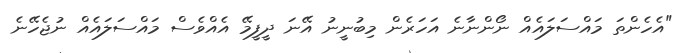
"އެހެންތަ މައްސަލައެއް ނޯންނާނެ އަހަރެން މިބުނީނު އޭނަ ދީފީމޭ އެއްވެސް މައްސަލައެއް ނުޖެހޭނެ